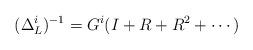
LaTeX: \begin{align*} (\Delta^i_L)^{-1} = G^i ( I + R+ R^2 + \cdots)\end{align*}